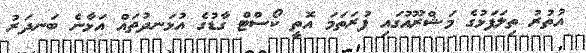
އުތުރު ތިލަފަޅުގެ މަޝްރޫއުގައި ފުރަތަމަ އޮތީ ކޯސްޓް ގާޑުގެ އުޅަނދުތައް އަޅާނެ ބަނދަރު